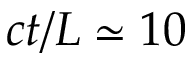
c t / L \simeq 1 0